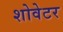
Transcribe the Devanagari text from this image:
शोवेटर